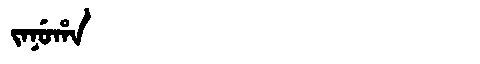
Manchu: ᠵᠠᠨᡠᡥᠠ
Romanization: JANUHA